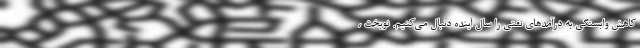
کاهش وابستگی به درآمد‌های نفتی را سال آینده دنبال می‌کنیم. نوبخت ،